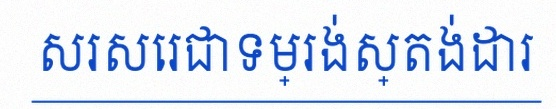
សរសេរជាទម្រង់ស្តង់ដារ